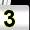
Digit: 3